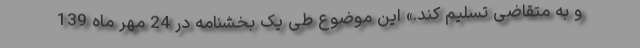
و به متقاضی تسلیم کند.» این موضوع طی یک بخشنامه در 24 مهر ماه 139